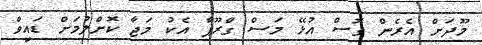
މޫދަށް އެރެން ގޮސް އުޅޭ މަސް ގްރޫޕާ އެކު މަޖާ ކޮށްލުމަށް ޑައިވް